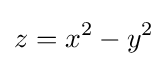
z=x^{2}-y^{2}